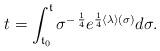
LaTeX: \begin{align*} t = \int_{{\frak t}_0}^{\frak t} \sigma^{- \: \frac14} e^{\frac14 \langle \lambda \rangle (\sigma)} d\sigma. \end{align*}